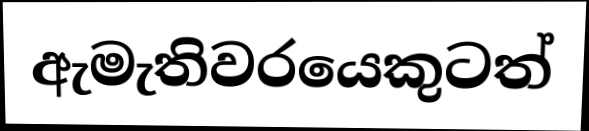
ඇමැතිවරයෙකුටත්